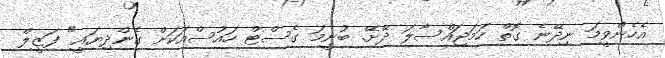
އެހެންވީމަ ނިދޭނެ ގޮތް ހަމަޖައްސާލަ ދޭށޭ. ބުނީމަ ގެސްޓް ހައުސްއަކަށް ގެންދިޔައީ" ފަޒީލް